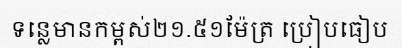
ទន្លេមានកម្ពស់២១.៥១ម៉ែត្រ ប្រៀបធៀប